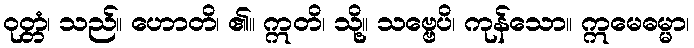
ဝုတ္တံ၊ သည်။ ဟောတိ၊ ၏။ ဣတိ၊ သို့။ သဗ္ဗေပိ၊ ကုန်သော။ ဣမေဓမ္မာ၊